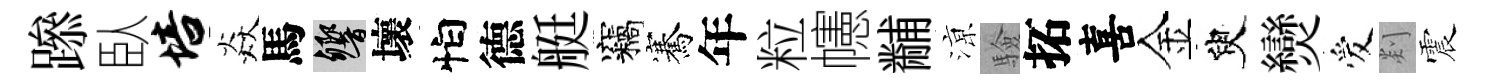
𨅶臥培焱馬響壞怕德艇竊騫年粒幰黼鿌驗拓喜金臾𤓖爱剡震